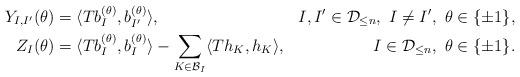
LaTeX: \begin{align*} Y_{I,I'}(\theta) & = \langle T b_I^{(\theta)}, b_{I'}^{(\theta)}\rangle, & I, I'\in\mathcal{D}_{\leq n},\ I\neq I',\ \theta\in\{\pm 1\},& \\ Z_I(\theta) & = \langle T b_I^{(\theta)}, b_I^{(\theta)}\rangle - \sum_{K\in\mathcal{B}_I} \langle Th_K, h_K\rangle, & I\in\mathcal{D}_{\leq n},\ \theta\in\{\pm 1\}.& \end{align*}